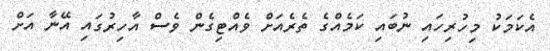
އެކަމަކު މިހުރިހައި ނުބައި ކަމެއްގެ ތެރެއަށް ވެއްޓިގެން ވެސް އާހިރުގައި އޭނާ އަށް